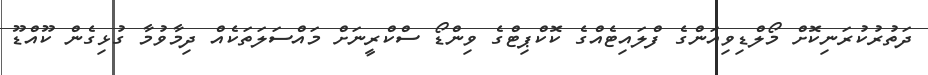
ދަތުރުކުރަނިކޮށް މޯލްޑިވިއަންގެ ފްލައިޓެއްގެ ކޮކްޕިޓްގެ ވިންޑޯ ސްކްރީނަށް މައްސަލަތަކެއް ދިމާވުމާ ގުޅިގެން ކޫއްޑޫ